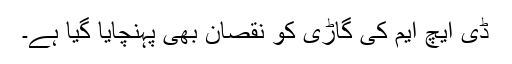
ڈی ایچ ایم کی گاڑی کو نقصان بھی پہنچایا گیا ہے۔